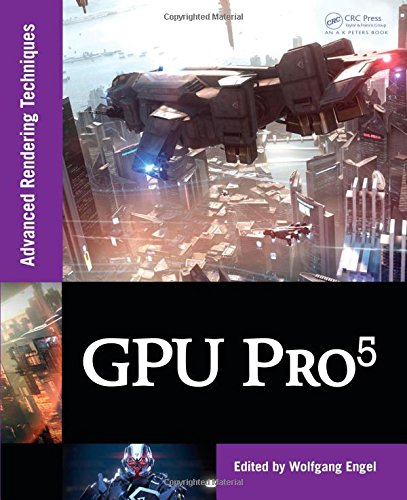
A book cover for GPU Pro 5: Advanced Rendering Techniques; Computers & Technology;